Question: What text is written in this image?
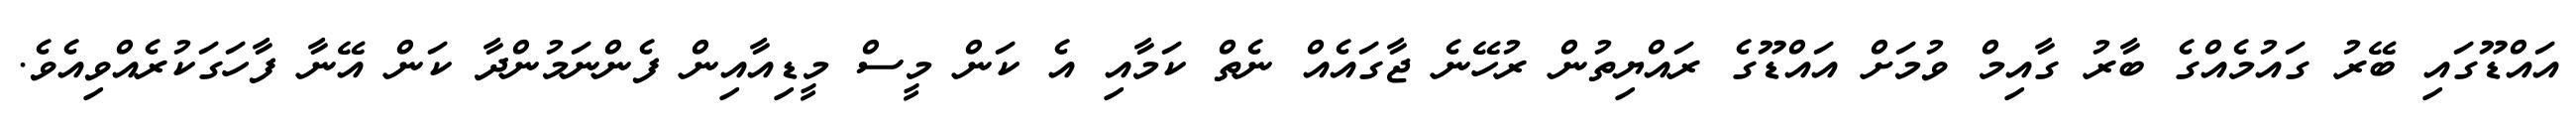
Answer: އައްޑޫގައި ބޭރު ގައުމެއްގެ ބާރު ގާއިމް ވުމަށް އައްޑޫގެ ރައްޔިތުން ރުހޭނެ ޖާގައެއް ނެތް ކަމާއި އެ ކަން މީސް މީޑިއާއިން ފެންނަމުންދާ ކަން އޭނާ ފާހަގަކުރެއްވިއެވެ.